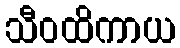
သီဝထိကာယ